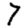
Digit: 7